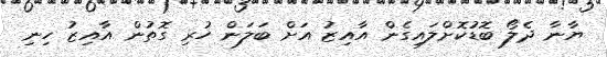
ޔާނާ ދެލޯ ބޮޑުކޮށްލައިގެން އާއިޒު އަށް ބަލަން ހުރި ގޮތުން އާއިޒު ހިނި